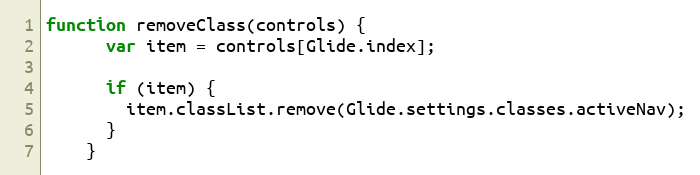
Language: JavaScript
function removeClass(controls) {
      var item = controls[Glide.index];

      if (item) {
        item.classList.remove(Glide.settings.classes.activeNav);
      }
    }